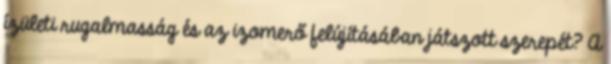
ízületi rugalmasság és az izomerő felújításában játszott szerepét? A